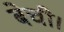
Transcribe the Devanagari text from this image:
बेची।